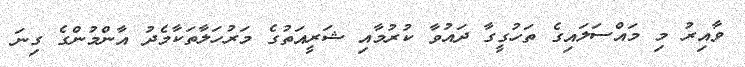
ވާއިރު މި މައްސަލައިގެ ތަހުގީގާ ދައުވާ ކުރުމާއި ޝަރީއަތުގެ މަރުހަލާތަކާމެދު އާންމުންގެ ގިނަ